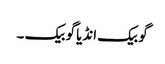
گو بیک انڈیا گو بیک ۔